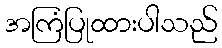
အကြံပြုထားပါသည်